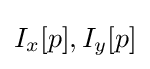
I_{x}[p],I_{y}[p]